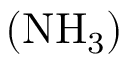
\left( \mathrm { N H } _ { 3 } \right)